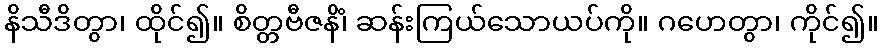
နိသီဒိတွာ၊ ထိုင်၍။ စိတ္တဗီဇနိံ၊ ဆန်းကြယ်သောယပ်ကို။ ဂဟေတွာ၊ ကိုင်၍။